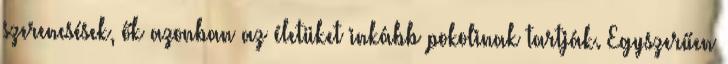
szerencsések, ők azonban az életüket inkább pokolinak tartják. Egyszerűen